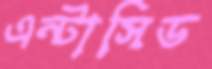
এন্টাসিড